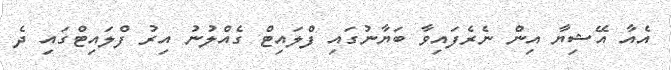
އެއާ އޭޝިޔާ އިން ނެރެފައިވާ ބަޔާނުގައި ފްލައިޓް ގެއްލުނު އިރު ފްލައިޓްގައި ދެ